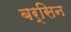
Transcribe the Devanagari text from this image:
बर्सिन